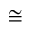
\cong